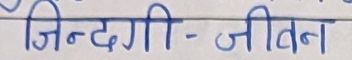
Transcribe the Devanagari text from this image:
जिन्दगी - जीवन